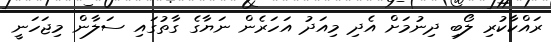
ރައްކާކުރި ލޯބި ދިނުމަށް އެދި މިއަދު އަހަރެން ނަޔާގެ ގާތުގައި ސަލާން މިޖަހަނީ